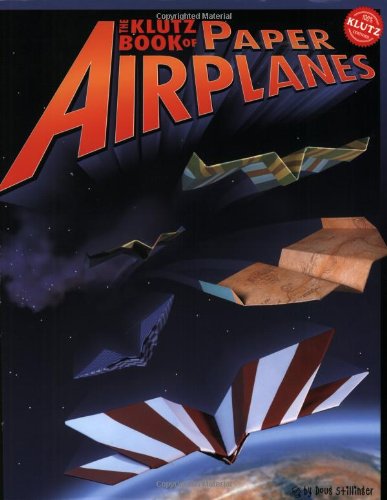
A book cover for Klutz The Klutz Book of Paper Airplanes Craft Kit; Children's Books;